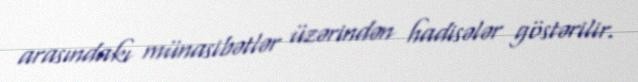
arasındakı münasibətlər üzərindən hadisələr göstərilir.